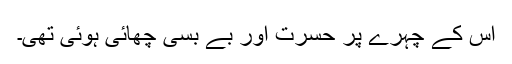
اس کے چہرے پر حسرت اور بے بسی چھائی ہوئی تھی۔